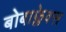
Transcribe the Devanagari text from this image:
बोबाफ्लेक्स